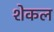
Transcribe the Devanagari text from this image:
शेकल